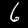
Label: 6